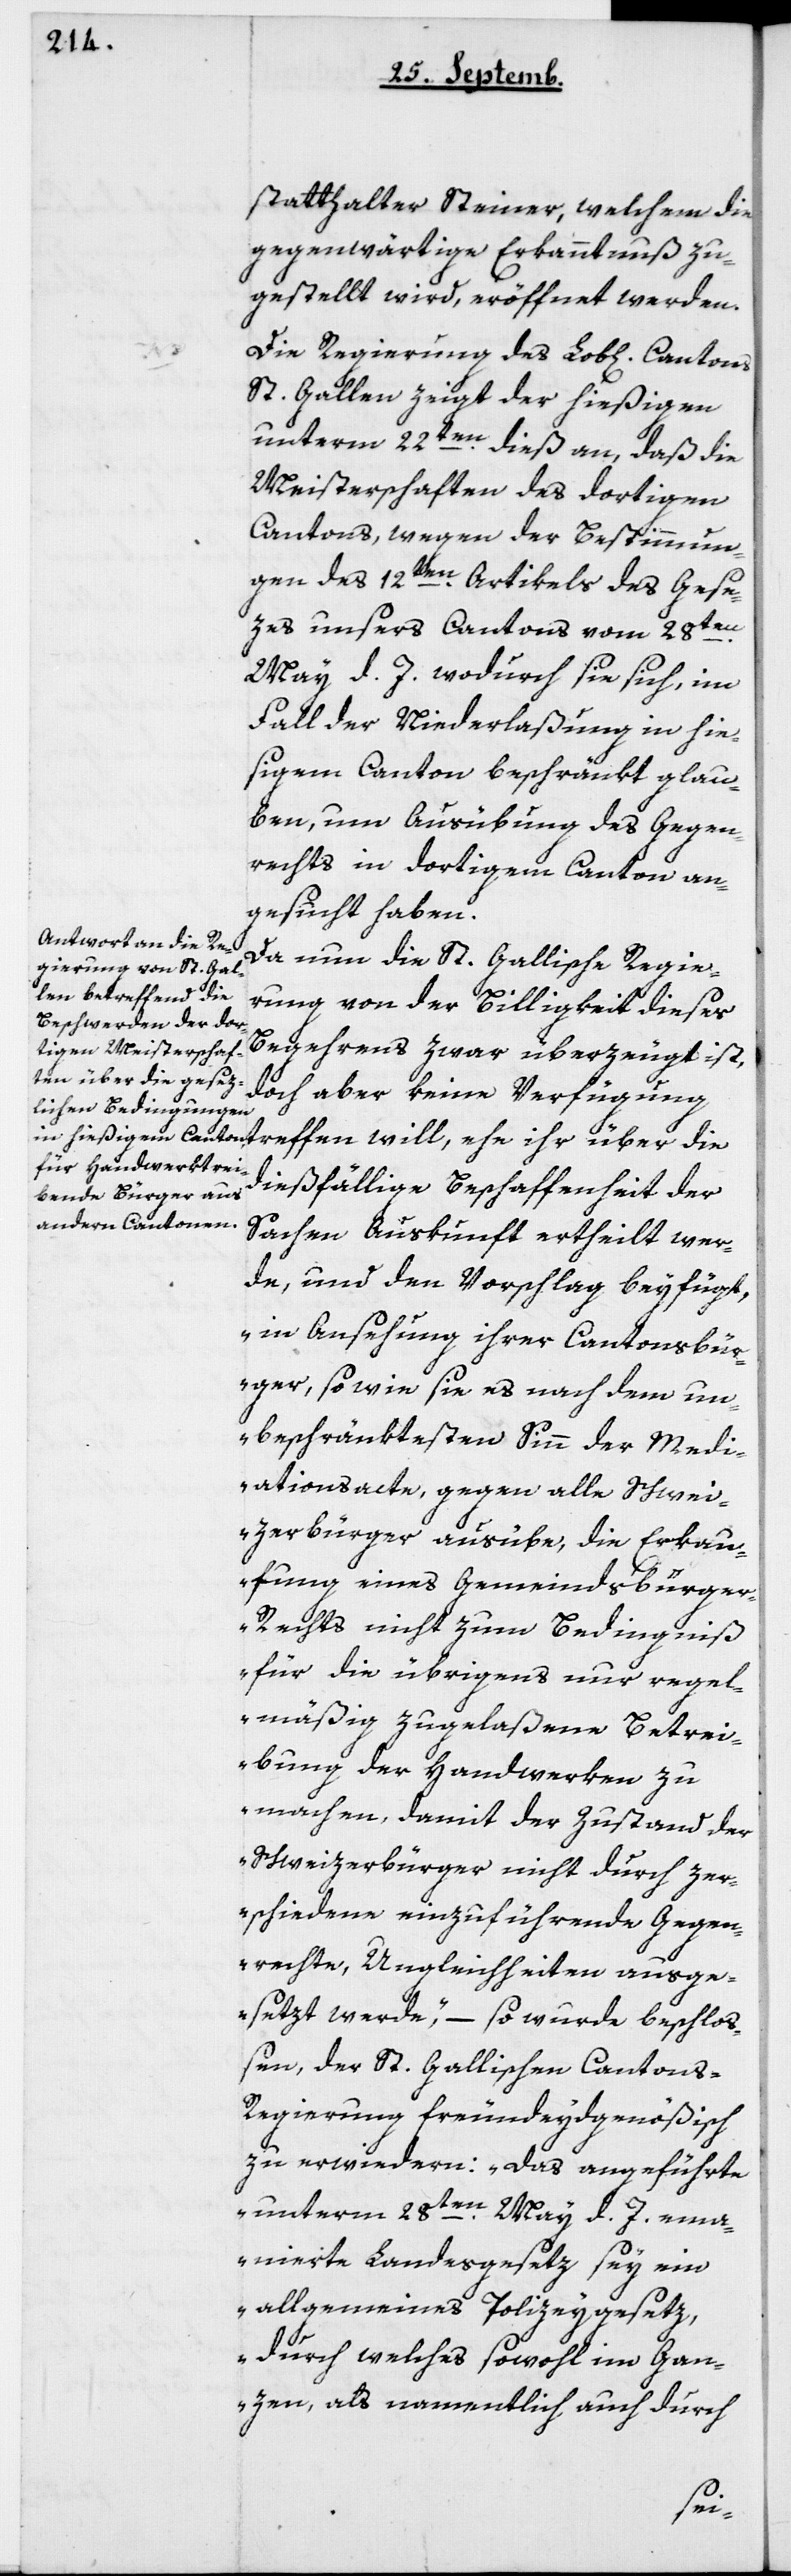
statthalter Steiner, welchem die
gegenwärtige Erkanntnuß zu¬
gestellt wird, eröffnet werden.
Die Regierung des lobl. Cantons
St. Gallen zeigt der hießigen
unterm 22ten dieß an, daß die
Meisterschaften des dortigen
Cantons, wegen der Bestimmun¬
gen des 12ten Artikels des Gese¬
zes unsers Cantons vom 28ten
May d. J. wodurch sie sich, im
Fall der Niederlaßung in hie¬
ßigem Canton beschränkt glau¬
ben, um Ausübung des Gegen¬
rechts in dortigem Canton an¬
gesucht haben.
Da nun die St. Gallische Regie¬
rung von der Billigkeit dieses
Begehrens zwar überzeugt ist,
doch aber keine Verfügung
dießfällige Beschaffenheit der
Sachen Auskunft ertheilt wer¬
de, und den Vorschlag beyfügt,
„in Ansehung ihrer Cantonsbür¬
ger, so wie sie es nach dem un¬
beschränktesten Sinn der Medi¬
ationsacte, gegen alle Schwei¬
zerbürger ausübe, die Erkau¬
fung eines Gemeindsbürge¬
r-Rechts nicht zum Bedingniß
für die übrigens nur regel¬
mäßig zugelaßene Betrei¬
bung der Handwerken zu
machen, damit der Zustand der
Schweizerbürger nicht durch zer¬
schiedene einzuführende Gegen¬
rechte, Ungleichheiten ausge¬
setzt werde“, – so wurde beschloß¬
en, der St. Gallischen Cantons¬
regierung freundeydsgenößisch
zu erwidern: „Das angeführte
unterm 28ten May d. J. ema¬
nierte Landesgesetz sey ein
allgemeines Policeygesetz,
durch welches sowohl im Gan¬
zen, als namentlich auch durch